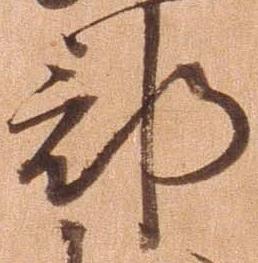
部